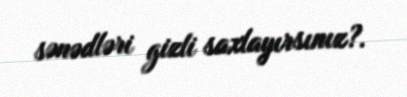
sənədləri gizli saxlayırsınız?.